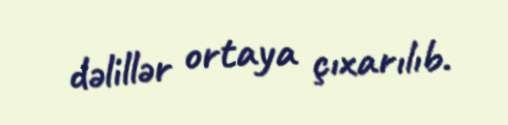
dəlillər ortaya çıxarılıb.